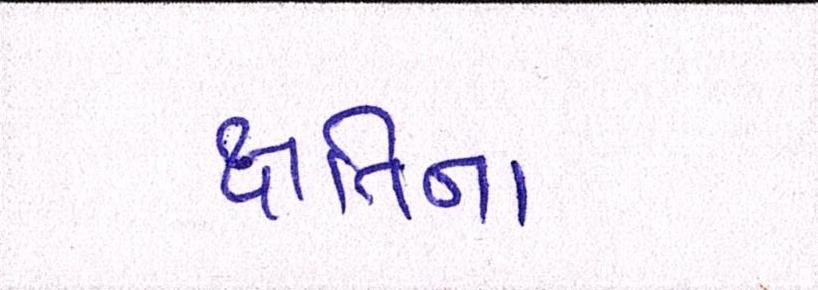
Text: ક્ષતિના